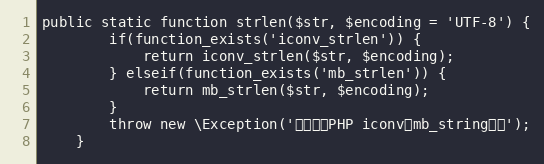
Language: PHP
public static function strlen($str, $encoding = 'UTF-8') {
	    if(function_exists('iconv_strlen')) {
	        return iconv_strlen($str, $encoding);
	    } elseif(function_exists('mb_strlen')) {
	        return mb_strlen($str, $encoding);
	    }
	    throw new \Exception('请先安装PHP iconv或mb_string扩展');
	}